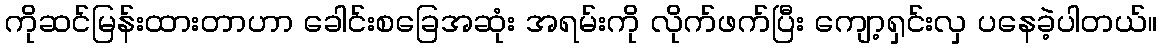
ကိုဆင်မြန်းထားတာဟာ ခေါင်းစခြေအဆုံး အရမ်းကို လိုက်ဖက်ပြီး ကျော့ရှင်းလှ ပနေခဲ့ပါတယ်။